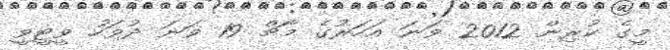
މީގެ ކުރިން 2012 ވަނަ އަހަރުގެ މާޗް 19 ވަނަ ދުވަހު ވީޓީވީ